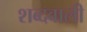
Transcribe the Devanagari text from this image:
शब्दवाली